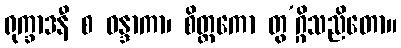
ရုက္ခာဒနီ စ ဝန္ဒာကာ၊ စိတ္တကော တွ’ဂ္ဂိသညိတော။